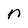
Character: n